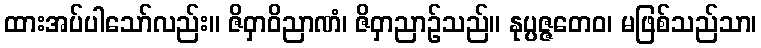
ထားအပ်ပါသော်လည်း။ ဇိဝှာဝိညာဏံ၊ ဇိဝှာညာဉ်သည်။ နုပ္ပဇ္ဇတေဝ၊ မဖြစ်သည်သာ၊